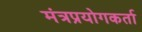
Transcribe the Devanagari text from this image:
मंत्रप्रयोगकर्ता